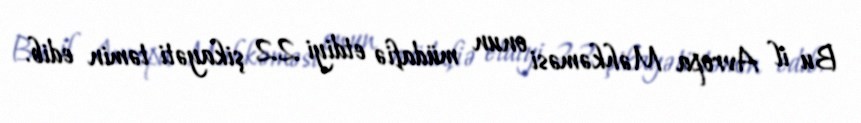
Bu il Avropa Məhkəməsi onun müdafiə etdiyi 22 şikayəti təmin edib.